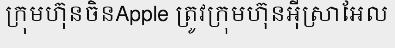
ក្រុមហ៊ុនចិនApple ត្រូវក្រុមហ៊ុនអ៊ីស្រាអែល